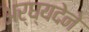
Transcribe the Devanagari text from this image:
अर्घ्यदेने